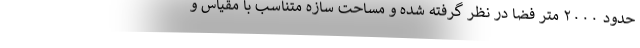
حدود ۲۰۰۰ متر فضا در نظر گرفته شده و مساحت سازه متناسب با مقیاس و